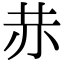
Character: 𧹘